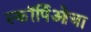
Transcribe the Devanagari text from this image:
स्कॉर्पिओचा